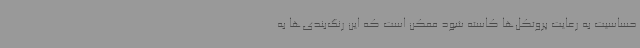
حساسیت به رعایت پروتکل‌ها کاسته شود ممکن است که این رنگ‌بندی‌ها به